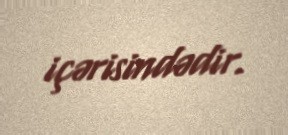
içərisindədir.